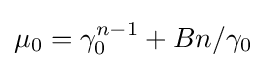
\mu _{0}=\gamma _{0}^{n-1}+Bn/\gamma _{0}